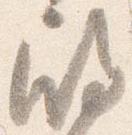
殿